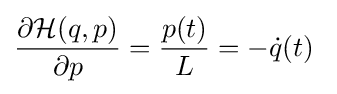
{\frac {\partial {\mathcal {H}}(q,p)}{\partial p}}={\frac {p(t)}{L}}=-{\dot {q}}(t)\